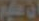
النسيم